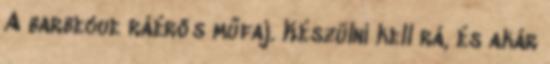
A barbecue ráérős műfaj. Készülni kell rá, és akár